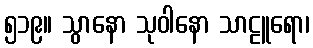
၅၁၉။ သွာနော သုဝါနော သာဠူရော၊